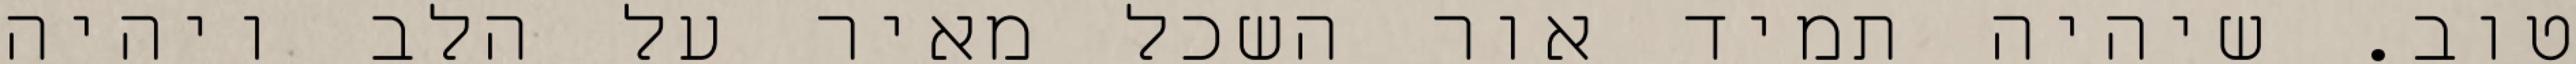
טוב. שיהיה תמיד אור השכל מאיר על הלב ויהיה